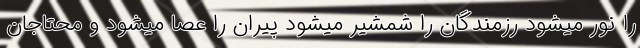
را نور میشود رزمندگان را شمشیر میشود پیران را عصا میشود و محتاجان